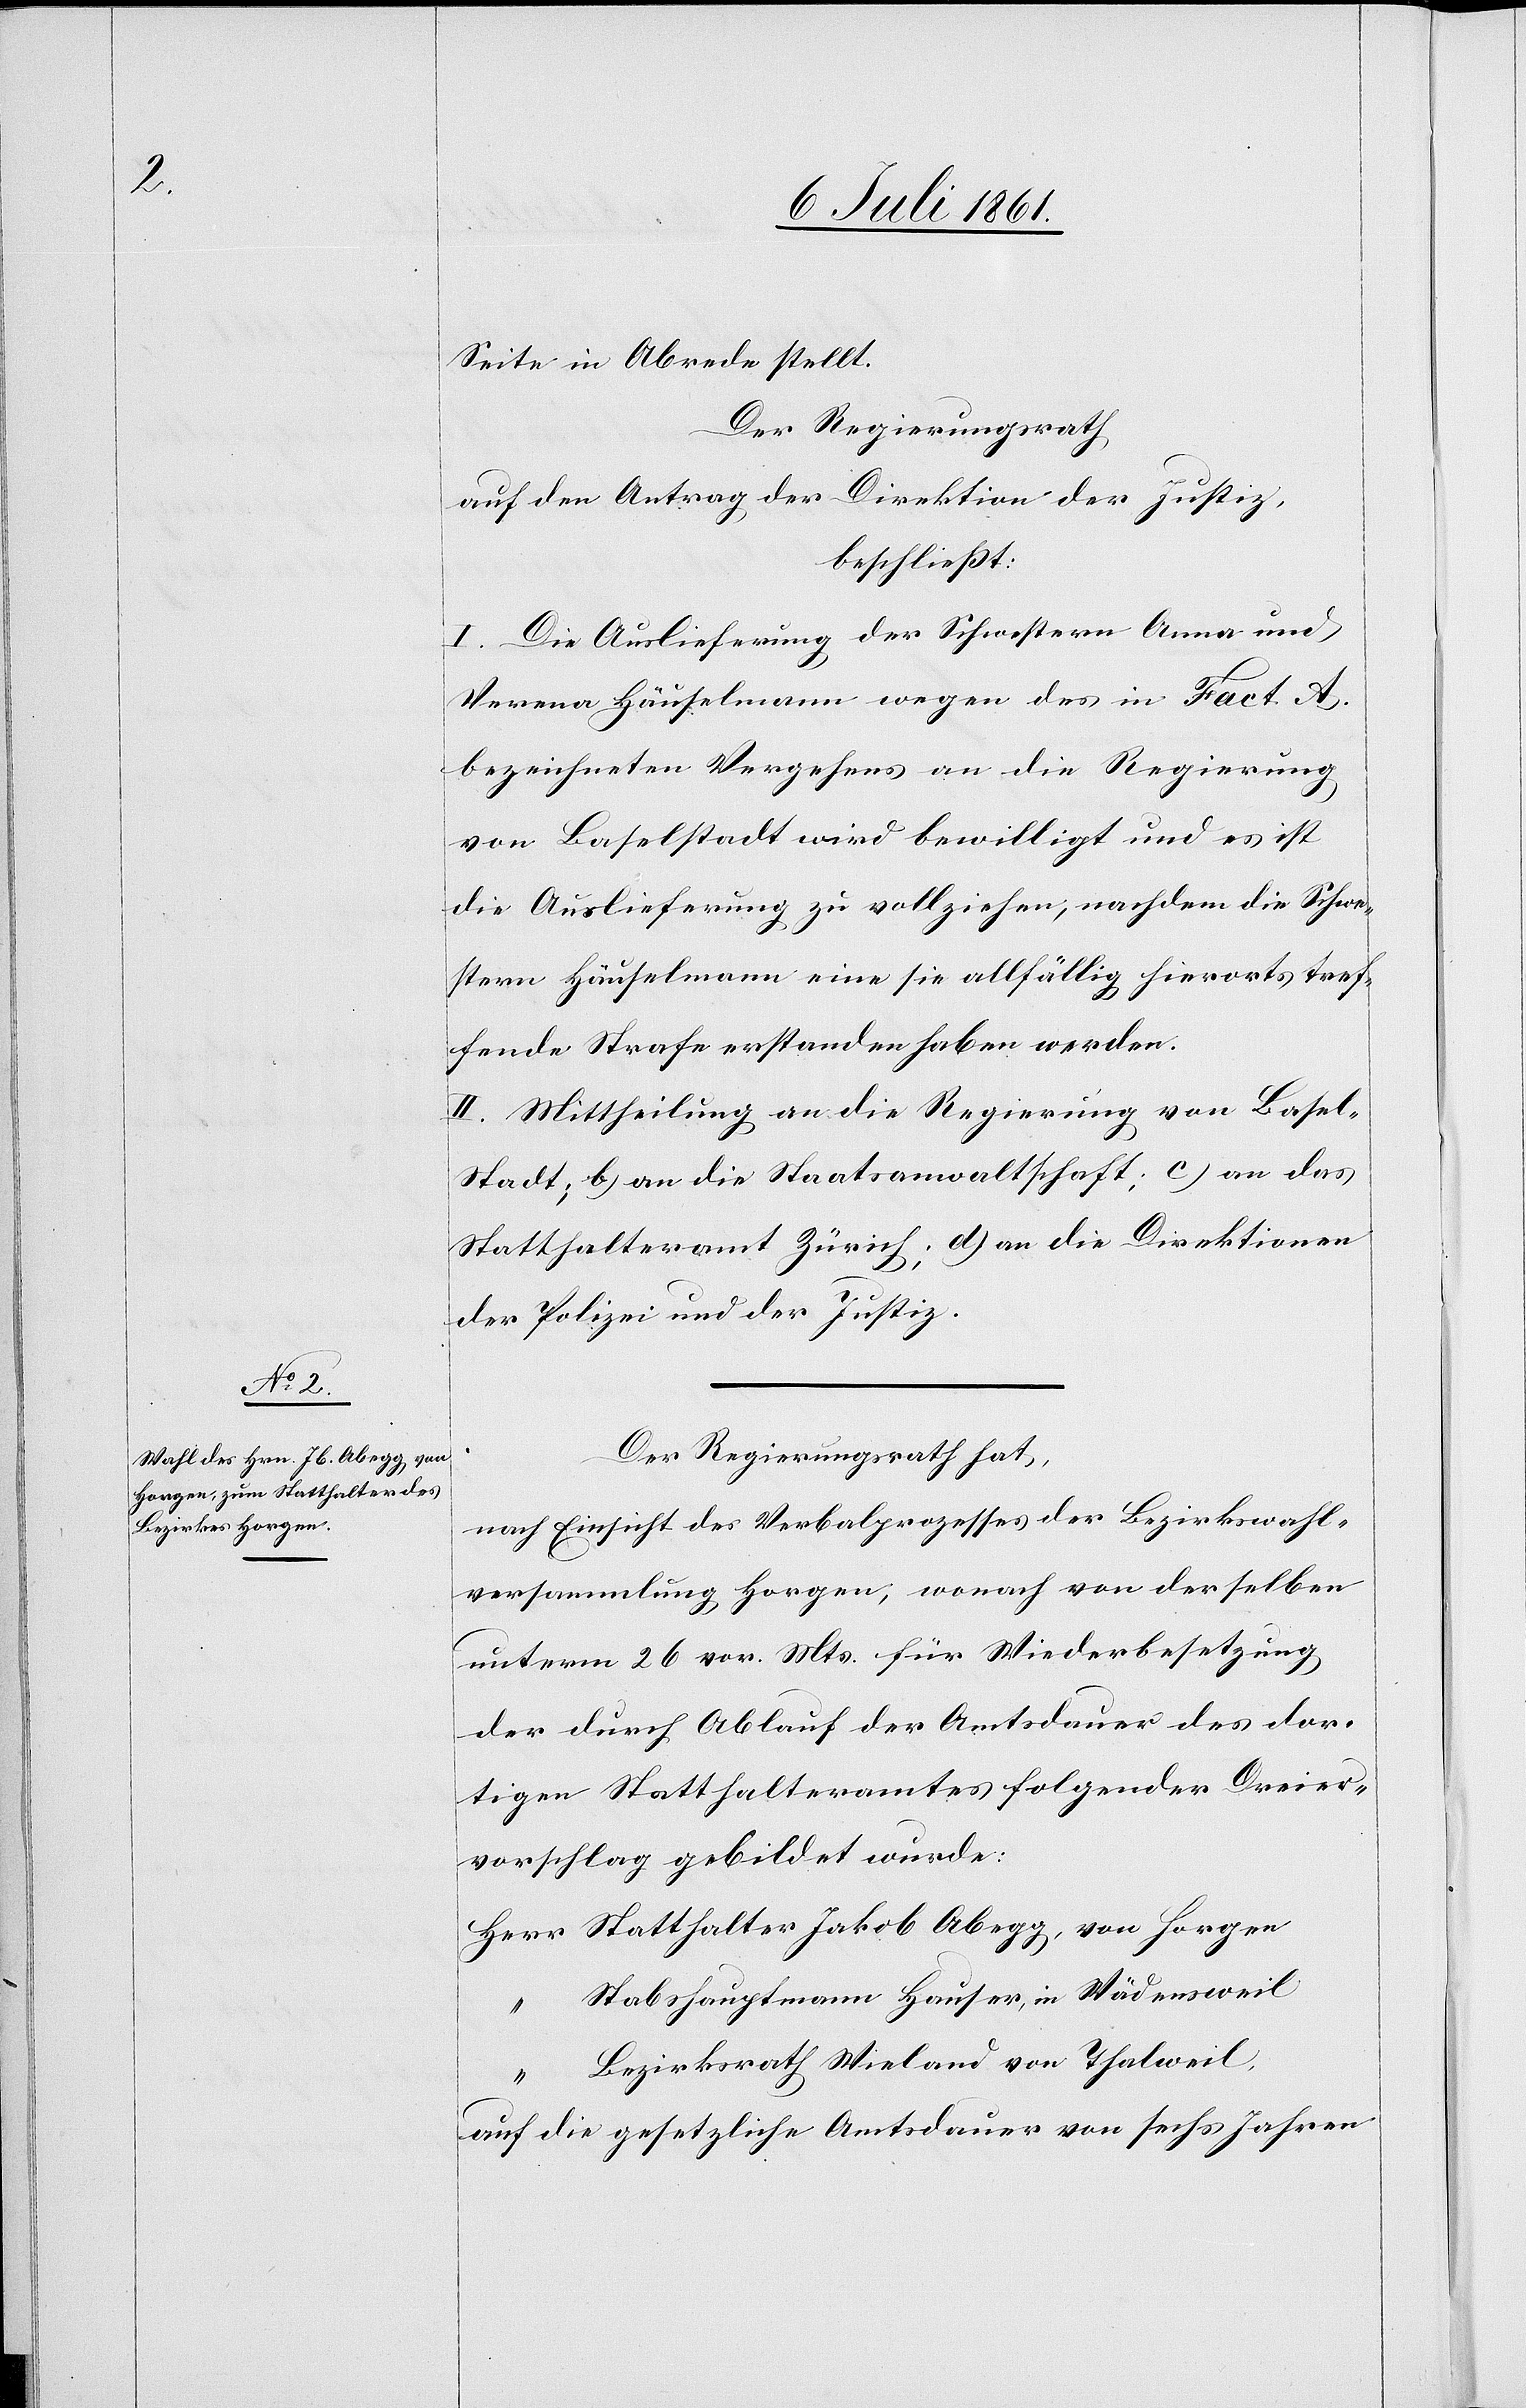
Seite in Abrede stellt.
Der Regierungsrath,
auf den Antrag der Direktion der Justiz,
beschließt:
I. Die Auslieferung der Schwestern Anna und
Verena Häuselmann wegen des in Fact.
bezeichneten Vergehens an die Regierung
von Baselstadt wird bewilligt und es ist
die Auslieferung zu vollziehen, nachdem die Schwe¬
stern Häuselmann eine sie allfällig hierorts tref¬
fende Strafe erstanden haben werden.
II. Mittheilung an die Regierung von Basel-S¬
tadt; b) an die Staatsanwaltschaft; c) an das
Statthalteramt Zürich; d) an die Direktionen
der Polizei und der Justiz.
Der Regierungsrath hat,
nach Einsicht des Verbalprozesses der Bezirkswahl¬
versammlung Horgen, wonach von derselben
unterm 26 vor. Mts. für Wiederbesetzung,
der durch Ablauf der Amtsdauer des dor¬
tigen Statthalteramtes folgender Dreier¬
vorschlag gebildet wurde:
Herr Statthalter Jakob Abegg, von Horgen
Stabshauptmann Hauser, in Wädensweil
Bezirksrath Wieland von Thalweil,
auf die gesetzliche Amtsdauer von sechs Jahren